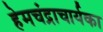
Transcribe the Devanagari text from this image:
हेमचंद्राचार्यका